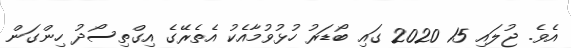
އެވެ. ޖުލައި 15 2020 ގައި ބޯޑަރު ހުޅުވުމާއެކު އެތެރޭގެ އިގްތިސޯދު ހިންގަން